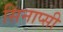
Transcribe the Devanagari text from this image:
सिनाप्सी